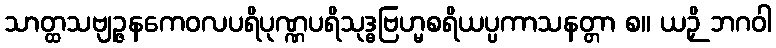
သာတ္ထသဗျဉ္ဇနကေဝလပရိပုဏ္ဏပရိသုဒ္ဓဗြဟ္မစရိယပ္ပကာသနတ္တာ စ။ ယဉှိ ဘဂဝါ